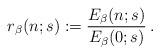
LaTeX: \begin{align*}r_\beta(n;s):= {E_\beta(n;s)\over E_\beta(0;s)} \, .\end{align*}